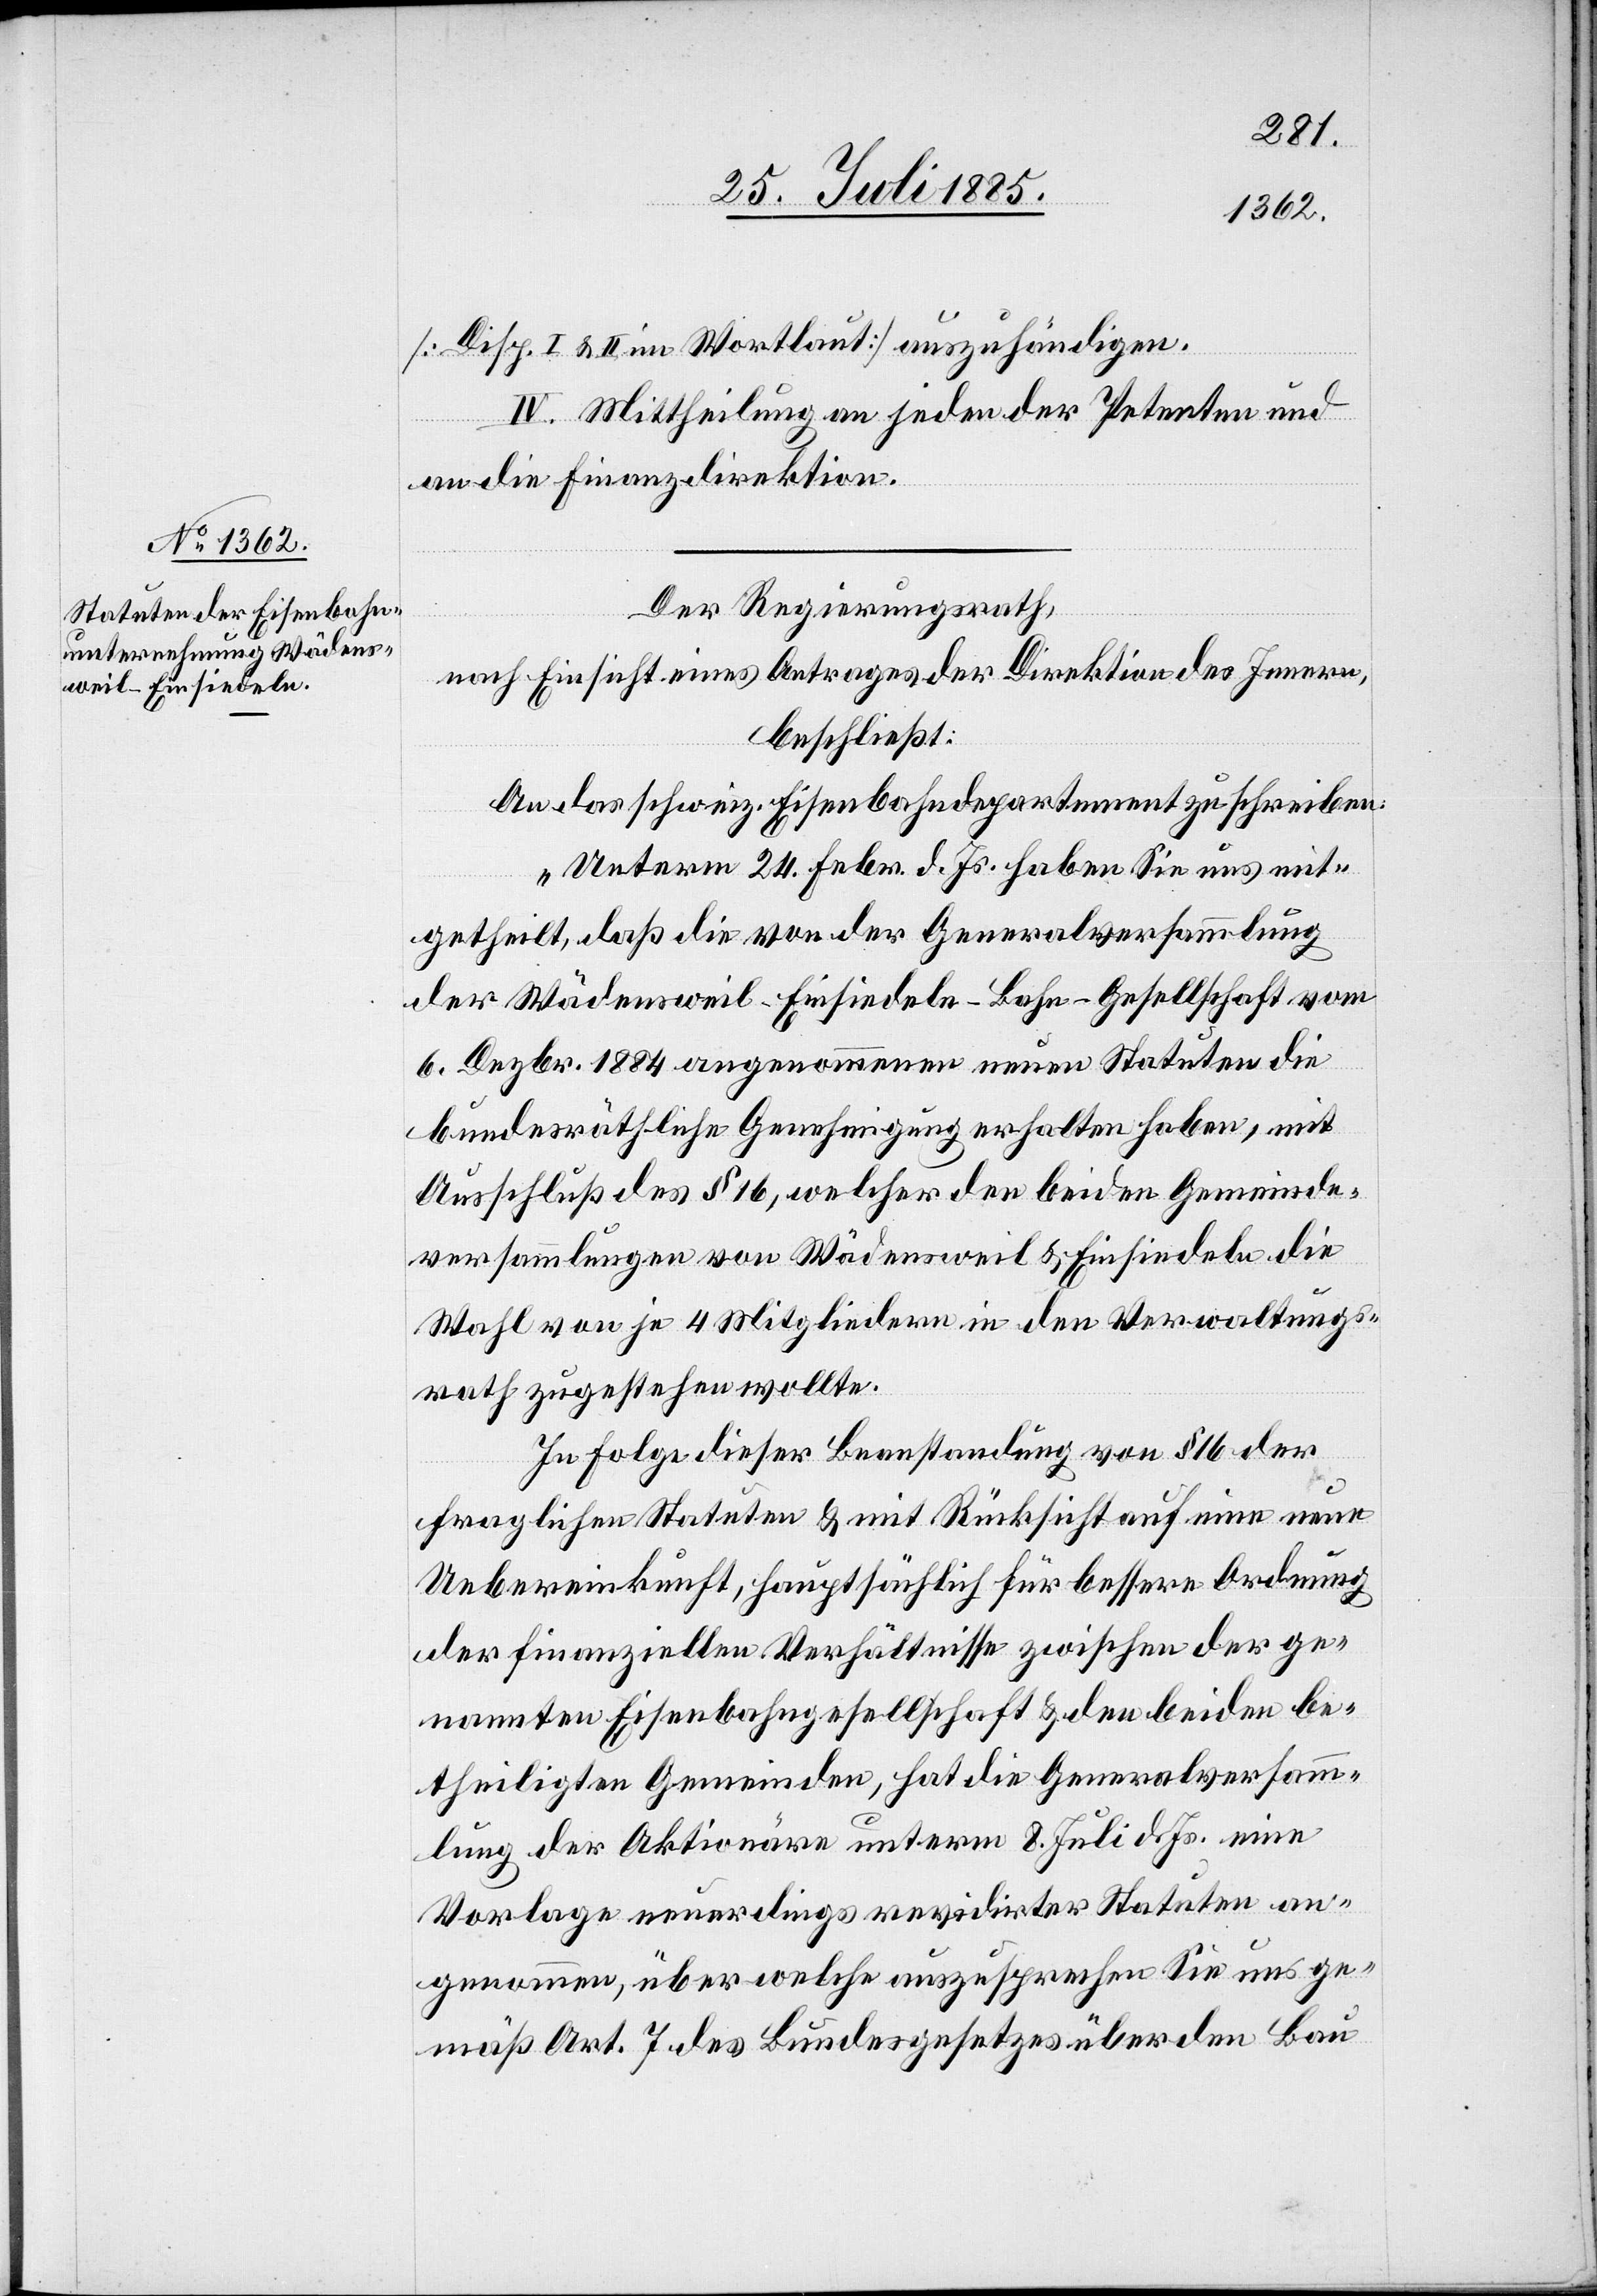
[Disp. I & II im Wortlaut] auszuhändigen.
IV. Mittheilung an jeden der Petenten und
an die Finanzdirektion.
Der Regierungsrath,
nach Einsicht eines Antrages der Direktion des Innern,
beschließt:
An das schweiz. Eisenbahndepartement zu schreiben:
„Unterm 24. Febr. d. Js. haben Sie uns mit¬
getheilt, daß die von der Generalversammlung
der Wädensweil–Einsiedeln-Bahn-Gesellschaft vom
6. Dezbr. 1884 angenommenen neuen Statuten die
bundesräthliche Genehmigung erhalten haben, mit
Ausschluß des § 16, welcher den beiden Gemeinde¬
versammlungen von Wädensweil & Einsiedeln die
Wahl von je 4 Mitgliedern in den Verwaltungs¬
rath zugestehen wollte.
In Folge dieser Beanstandung von § 16 der
fraglichen Statuten & mit Rücksicht auf eine neue
Uebereinkunft, hauptsächlich für bessere Ordnung
der finanziellen Verhältnisse zwischen der ge¬
nannten Eisenbahngesellschaft & den beiden be¬
theiligten Gemeinden, hat die Generalversamm¬
lung der Aktionäre unterm 8. Juli d. Js. eine
Vorlage neuerdings revidirter Statuten an¬
genommen, über welche auszusprechen Sie uns ge¬
mäß Art. 7 des Bundesgesetzes über den Bau